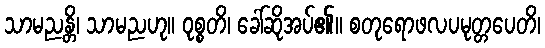
သာမညန္တိ၊ သာမညဟု။ ဝုစ္စတိ၊ ခေါ်ဆိုအပ်၏။ စတုရောဖလပမုတ္တပေတိ၊